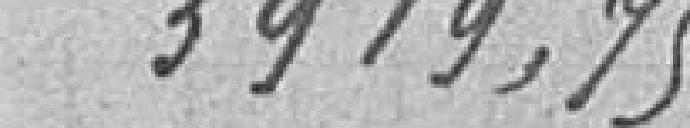
3919,75